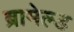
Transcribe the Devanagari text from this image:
ब्रामेल्ड